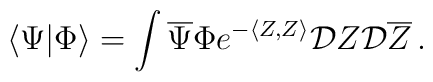
\langle\Psi |\Phi\rangle =\int {\overline\Psi}\Phi  e^{-\langle Z,Z\rangle}{\cal D}Z{\cal D}{\overline Z}\, .